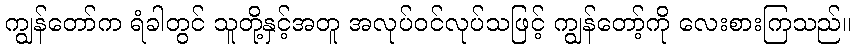
ကျွန်တော်က ရံခါတွင် သူတို့နှင့်အတူ အလုပ်ဝင်လုပ်သဖြင့် ကျွန်တော့်ကို လေးစားကြသည်။